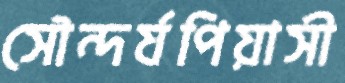
সৌন্দর্যপিয়াসী